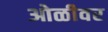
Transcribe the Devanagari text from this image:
ओळीवर